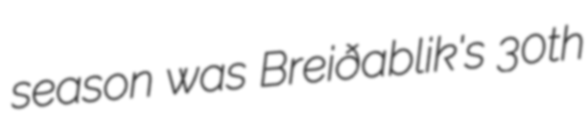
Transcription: season was Breiðablik's 30th